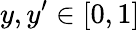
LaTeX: y,y^{\prime}\in[0,1]